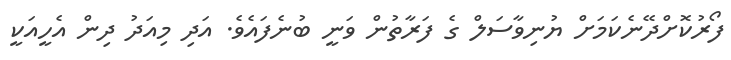
ފޯރުކޮށްދޭނެކަމަށް ޔުނިވާސަލް ގެ ފަރާތުން ވަނީ ބުނެފައެވެ. އަދި މިއަދު ދިން އެހީއަކީ